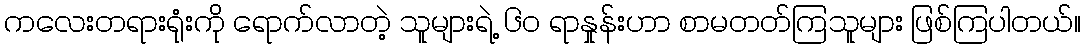
ကလေးတရားရုံးကို ရောက်လာတဲ့ သူများရဲ့ ၆၀ ရာနှုန်းဟာ စာမတတ်ကြသူများ ဖြစ်ကြပါတယ်။